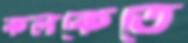
কলকেতে